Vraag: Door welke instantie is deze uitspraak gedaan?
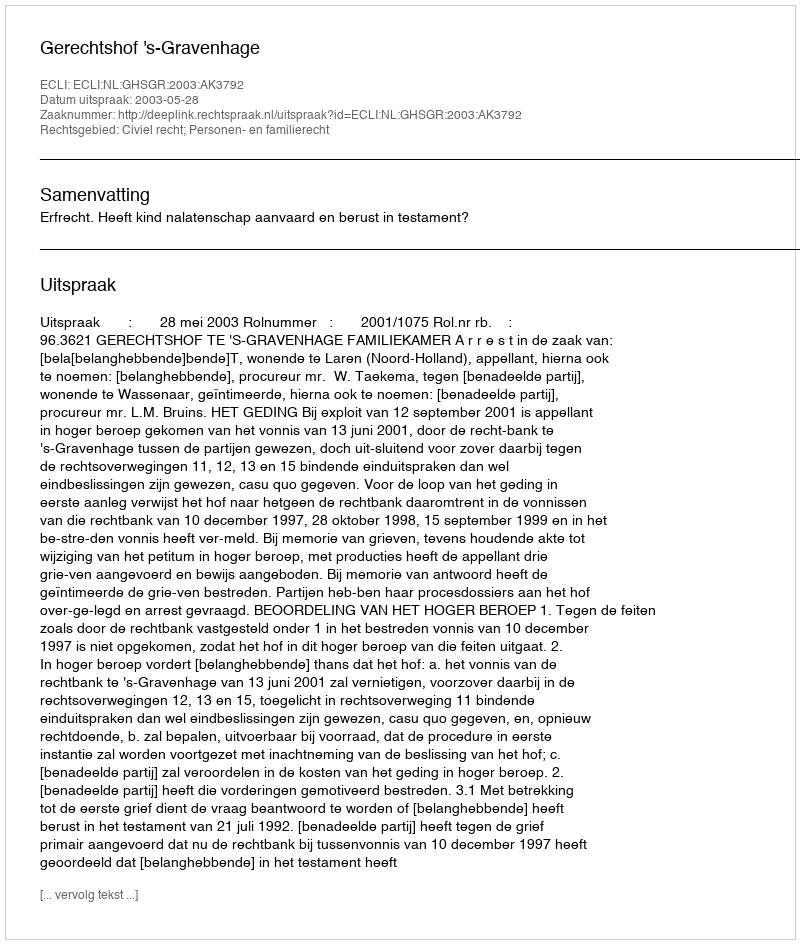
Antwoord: Gerechtshof 's-Gravenhage